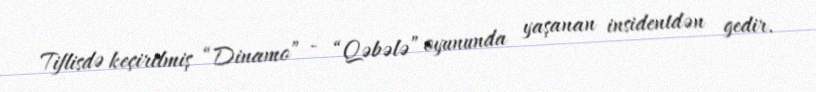
Tiflisdə keçirilmiş “Dinamo” - “Qəbələ” oyununda yaşanan insidentdən gedir.